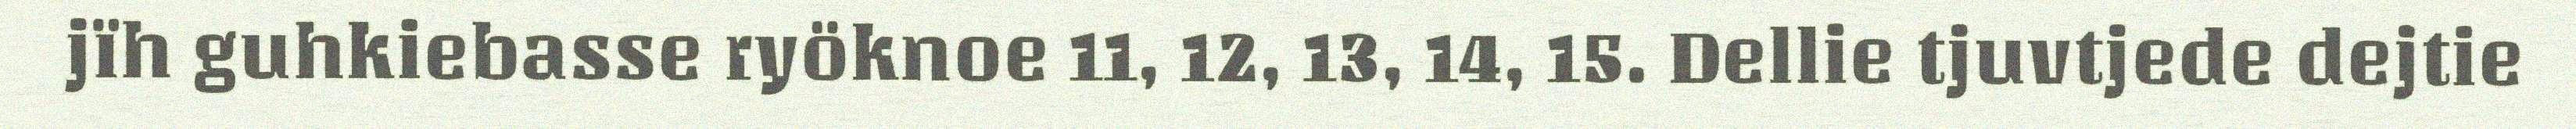
jïh guhkiebasse ryöknoe 11, 12, 13, 14, 15. Dellie tjuvtjede dejtie